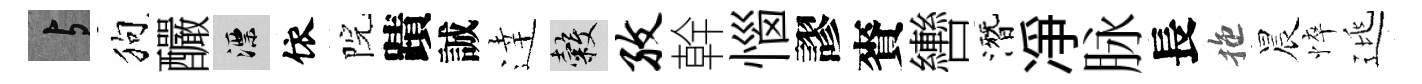
与狗釅漂依院蹟誠逹穀孜幹惱謬賚轡潛凈脉長拖晨悴逃